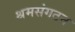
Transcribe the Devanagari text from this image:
श्रमसंगठन